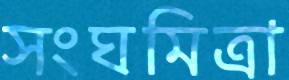
সংঘমিত্রা